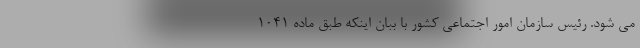
می شود. رئیس سازمان امور اجتماعی کشور با ببان اینکه طبق ماده ۱۰۴۱